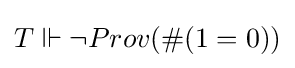
T\Vdash \neg Prov(\#(1=0))